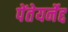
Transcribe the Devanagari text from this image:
पेंतेयर्नेद्द